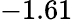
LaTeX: -1.61